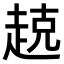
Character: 𫎵